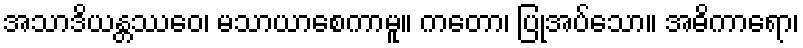
အသာဒိယန္တဿေဝ၊ မသာယာစေကာမူ။ ကတော၊ ပြုအပ်သော။ အဓိကာရော၊